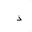
Letter: _thal